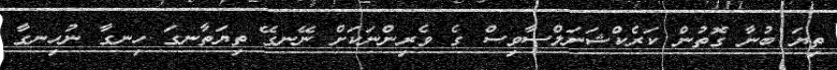
ތިޔަ ބުނާ ގޮތުން ކަރެކްޝަނަލްސާވިސް ގެ ވެރިންނަކަށް ނޭނގޭ ތިޔަތާނގަ ހިނގާ ނުހިނގާ